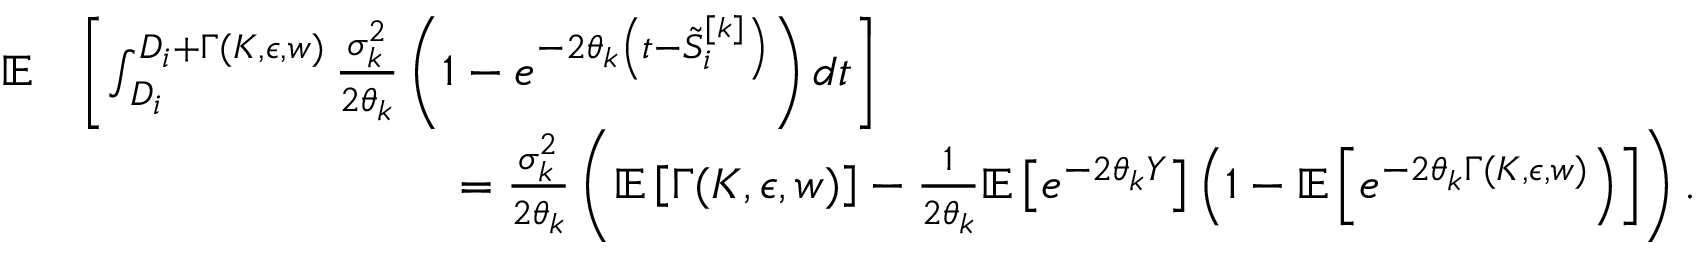
\begin{array} { r l } { { \mathbb { E } } } & { \left[ \int _ { D _ { i } } ^ { D _ { i } + \Gamma ( K , \epsilon , w ) } \frac { \sigma _ { k } ^ { 2 } } { 2 \theta _ { k } } \left( 1 - e ^ { - 2 \theta _ { k } \left( t - \tilde { S } _ { i } ^ { [ k ] } \right) } \right) d t \right] } \\ & { \qquad \qquad \qquad \qquad = \frac { \sigma _ { k } ^ { 2 } } { 2 \theta _ { k } } \left( { \mathbb { E } } \left[ \Gamma ( K , \epsilon , w ) \right] - \frac { 1 } { 2 \theta _ { k } } { \mathbb { E } } \left[ e ^ { - 2 \theta _ { k } Y } \right] \left( 1 - { \mathbb { E } } \left[ e ^ { - 2 \theta _ { k } \Gamma ( K , \epsilon , w ) } \right) \right] \right) . } \end{array}